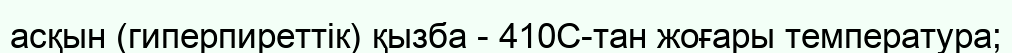
асқын (гиперпиреттік) қызба - 410С-тан жоғары температура;